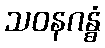
သဝနဂန္ဓံ